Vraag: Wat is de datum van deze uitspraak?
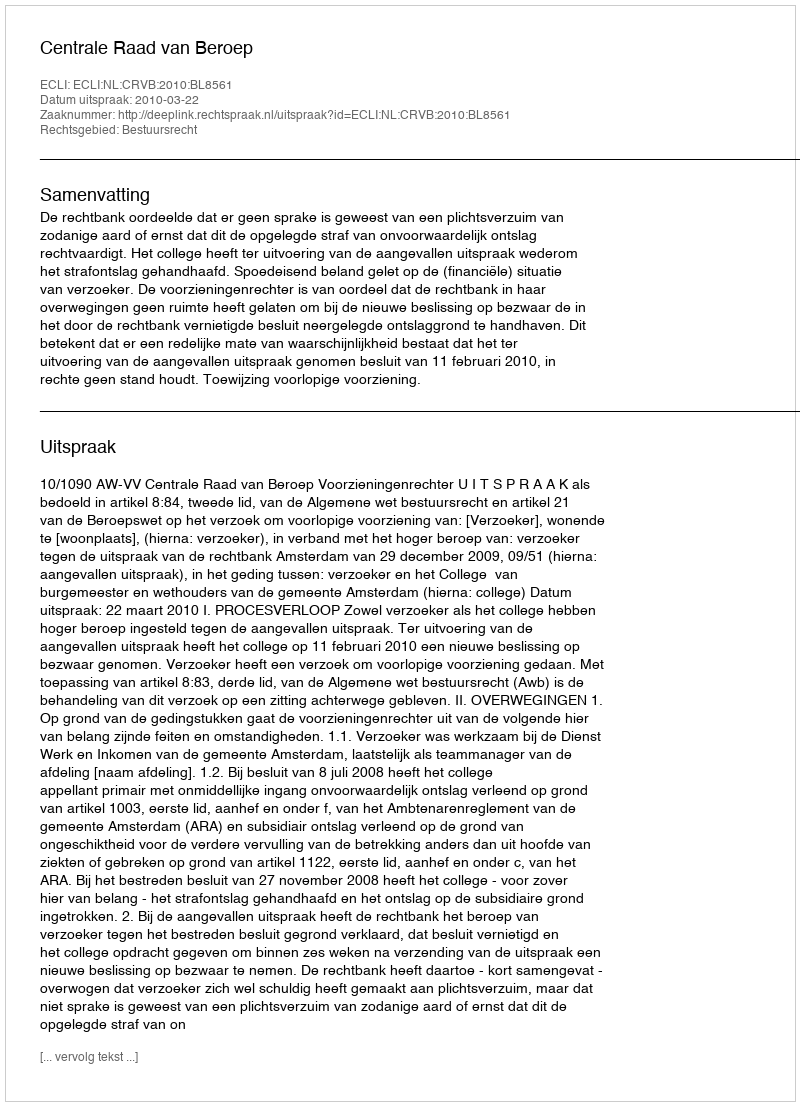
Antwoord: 2010-03-22